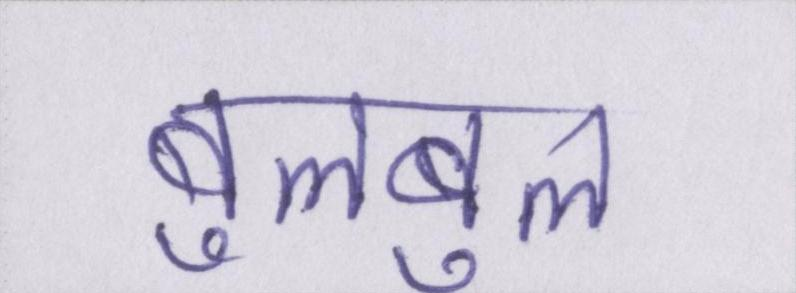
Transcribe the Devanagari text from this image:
बुलबुल